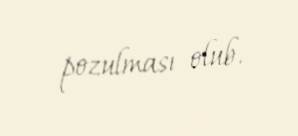
pozulması olub.